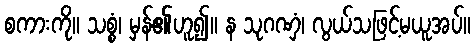
စကားကို။ သစ္စံ၊ မှန်၏ဟူ၍။ န သုဂဏှံ၊ လွယ်သဖြင့်မယူအပ်။